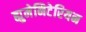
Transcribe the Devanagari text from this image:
ह्युमेनिटेरियन